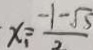
x _ { 1 } = \frac { - 1 - \sqrt { 5 } } { 2 }